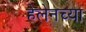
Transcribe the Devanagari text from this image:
हेलेनच्या